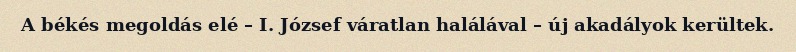
A békés megoldás elé – I. József váratlan halálával – új akadályok kerültek.